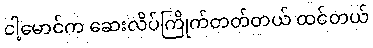
ငါ့မောင်က ဆေးလိပ်ကြိုက်တတ်တယ် ထင်တယ်